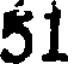
51